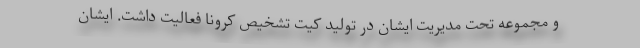
و مجموعه تحت مدیریت ایشان در تولید کیت تشخیص کرونا فعالیت داشت. ایشان